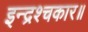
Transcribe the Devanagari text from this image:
इन्द्रश्चकार॥